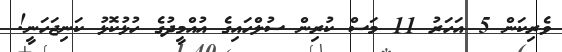
ވެރިކަން 5 އަހަރު 11 މަސް ކުރިން ސުލްހައިގެ އުއްމީދުގެ ހުޅުކޮޅު ކަނިޖަހަނީ!